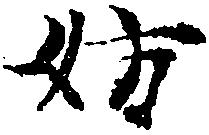
妨